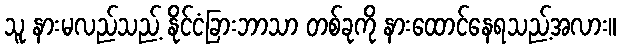
သူ နားမလည်သည့် နိုင်ငံခြားဘာသာ တစ်ခုကို နားထောင်နေရသည့်အလား။